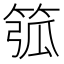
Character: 𥮰